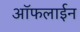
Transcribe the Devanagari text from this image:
आॅफलाईन